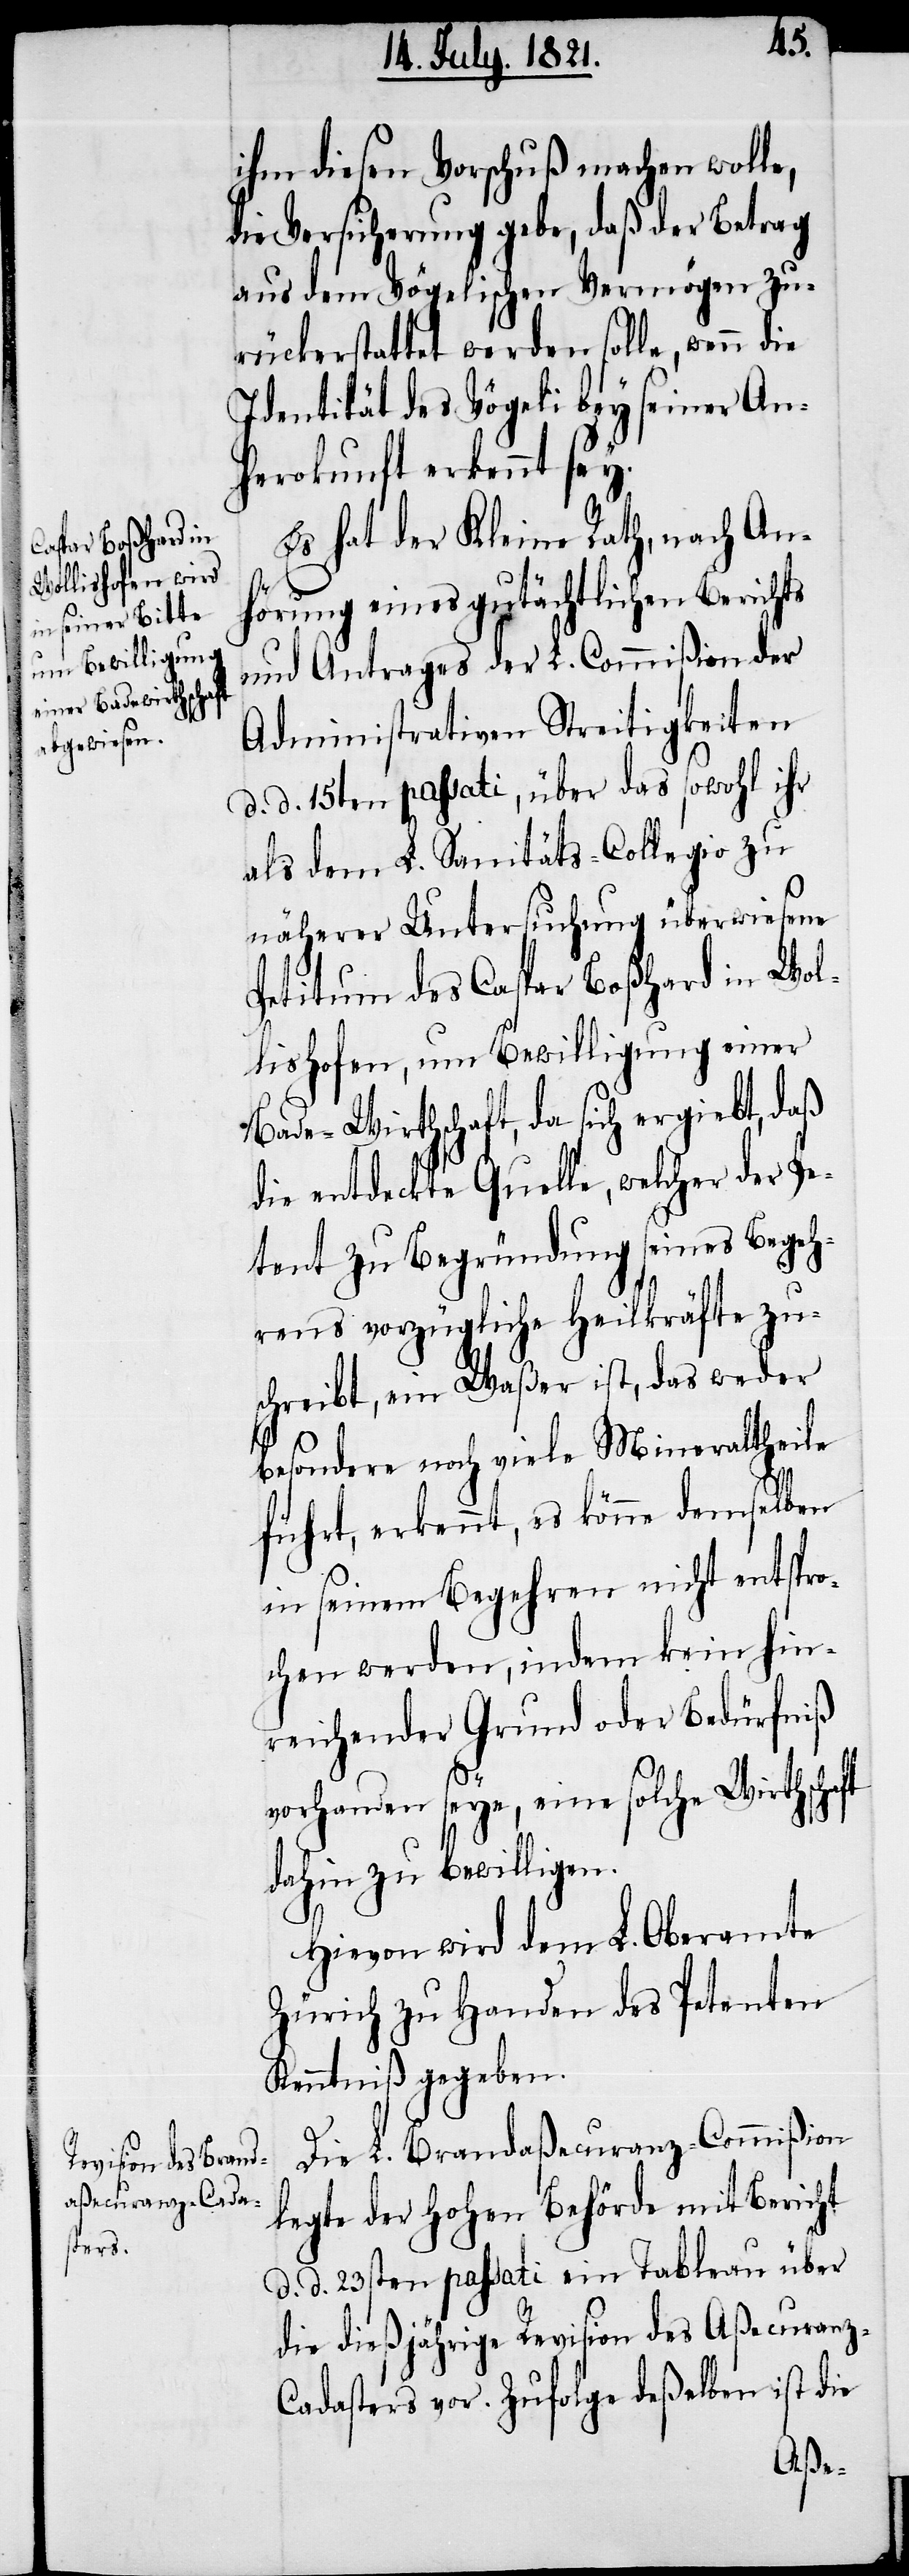
ihm diesen Vorschuß machen wolle,
die Versicherung gebe, daß der Betrag
aus dem Vögelischen Vermögen zu¬
rückerstattet werden solle, wenn die
Identität des Vögeli bey seiner An¬
herokunft erkennt sey.
Es hat der Kleine Rath, nach An¬
hörung eines gutächtlichen Berichts
und Antrages der L. Commißion der
Administrativen Streitigkeiten
d. d. 15ten passati, über das sowohl ihr
als dem L. Sanitäts-Collegio zu
näherer Untersuchung überwiesene
Petitum des Caspar Boßhard in Wol¬
lishofen, um Bewilligung einer
Bade-Wirthschaft, da sich ergiebt, daß
die entdeckte Quelle, welcher der Pe¬
tent zu Begründung seines Begeh¬
rens vorzügliche Heilkräfte zu¬
schreibt, ein Waßer ist, das weder
besondere noch viele Mineralantheile
führt, erkennt, es könne demselben
in seinem Begehren nicht entspro¬
chen werden, indem kein hin¬
reichender Grund oder Bedürfniß
vorhanden seye, eine solche Wirthschaft
dahin zu bewilligen.
Hievon wird dem L. Oberamte
Zürich zu Handen des Petenten
Kenntniß gegeben.
Die L. Brandaßecuranz-Commißion
legte der hohen Behörde mit Bericht
d. d. 23sten passati ein Tableau über
die dießjährige Revision des Aßecuran¬
z-Cadasters vor. Zufolge deßelben ist die